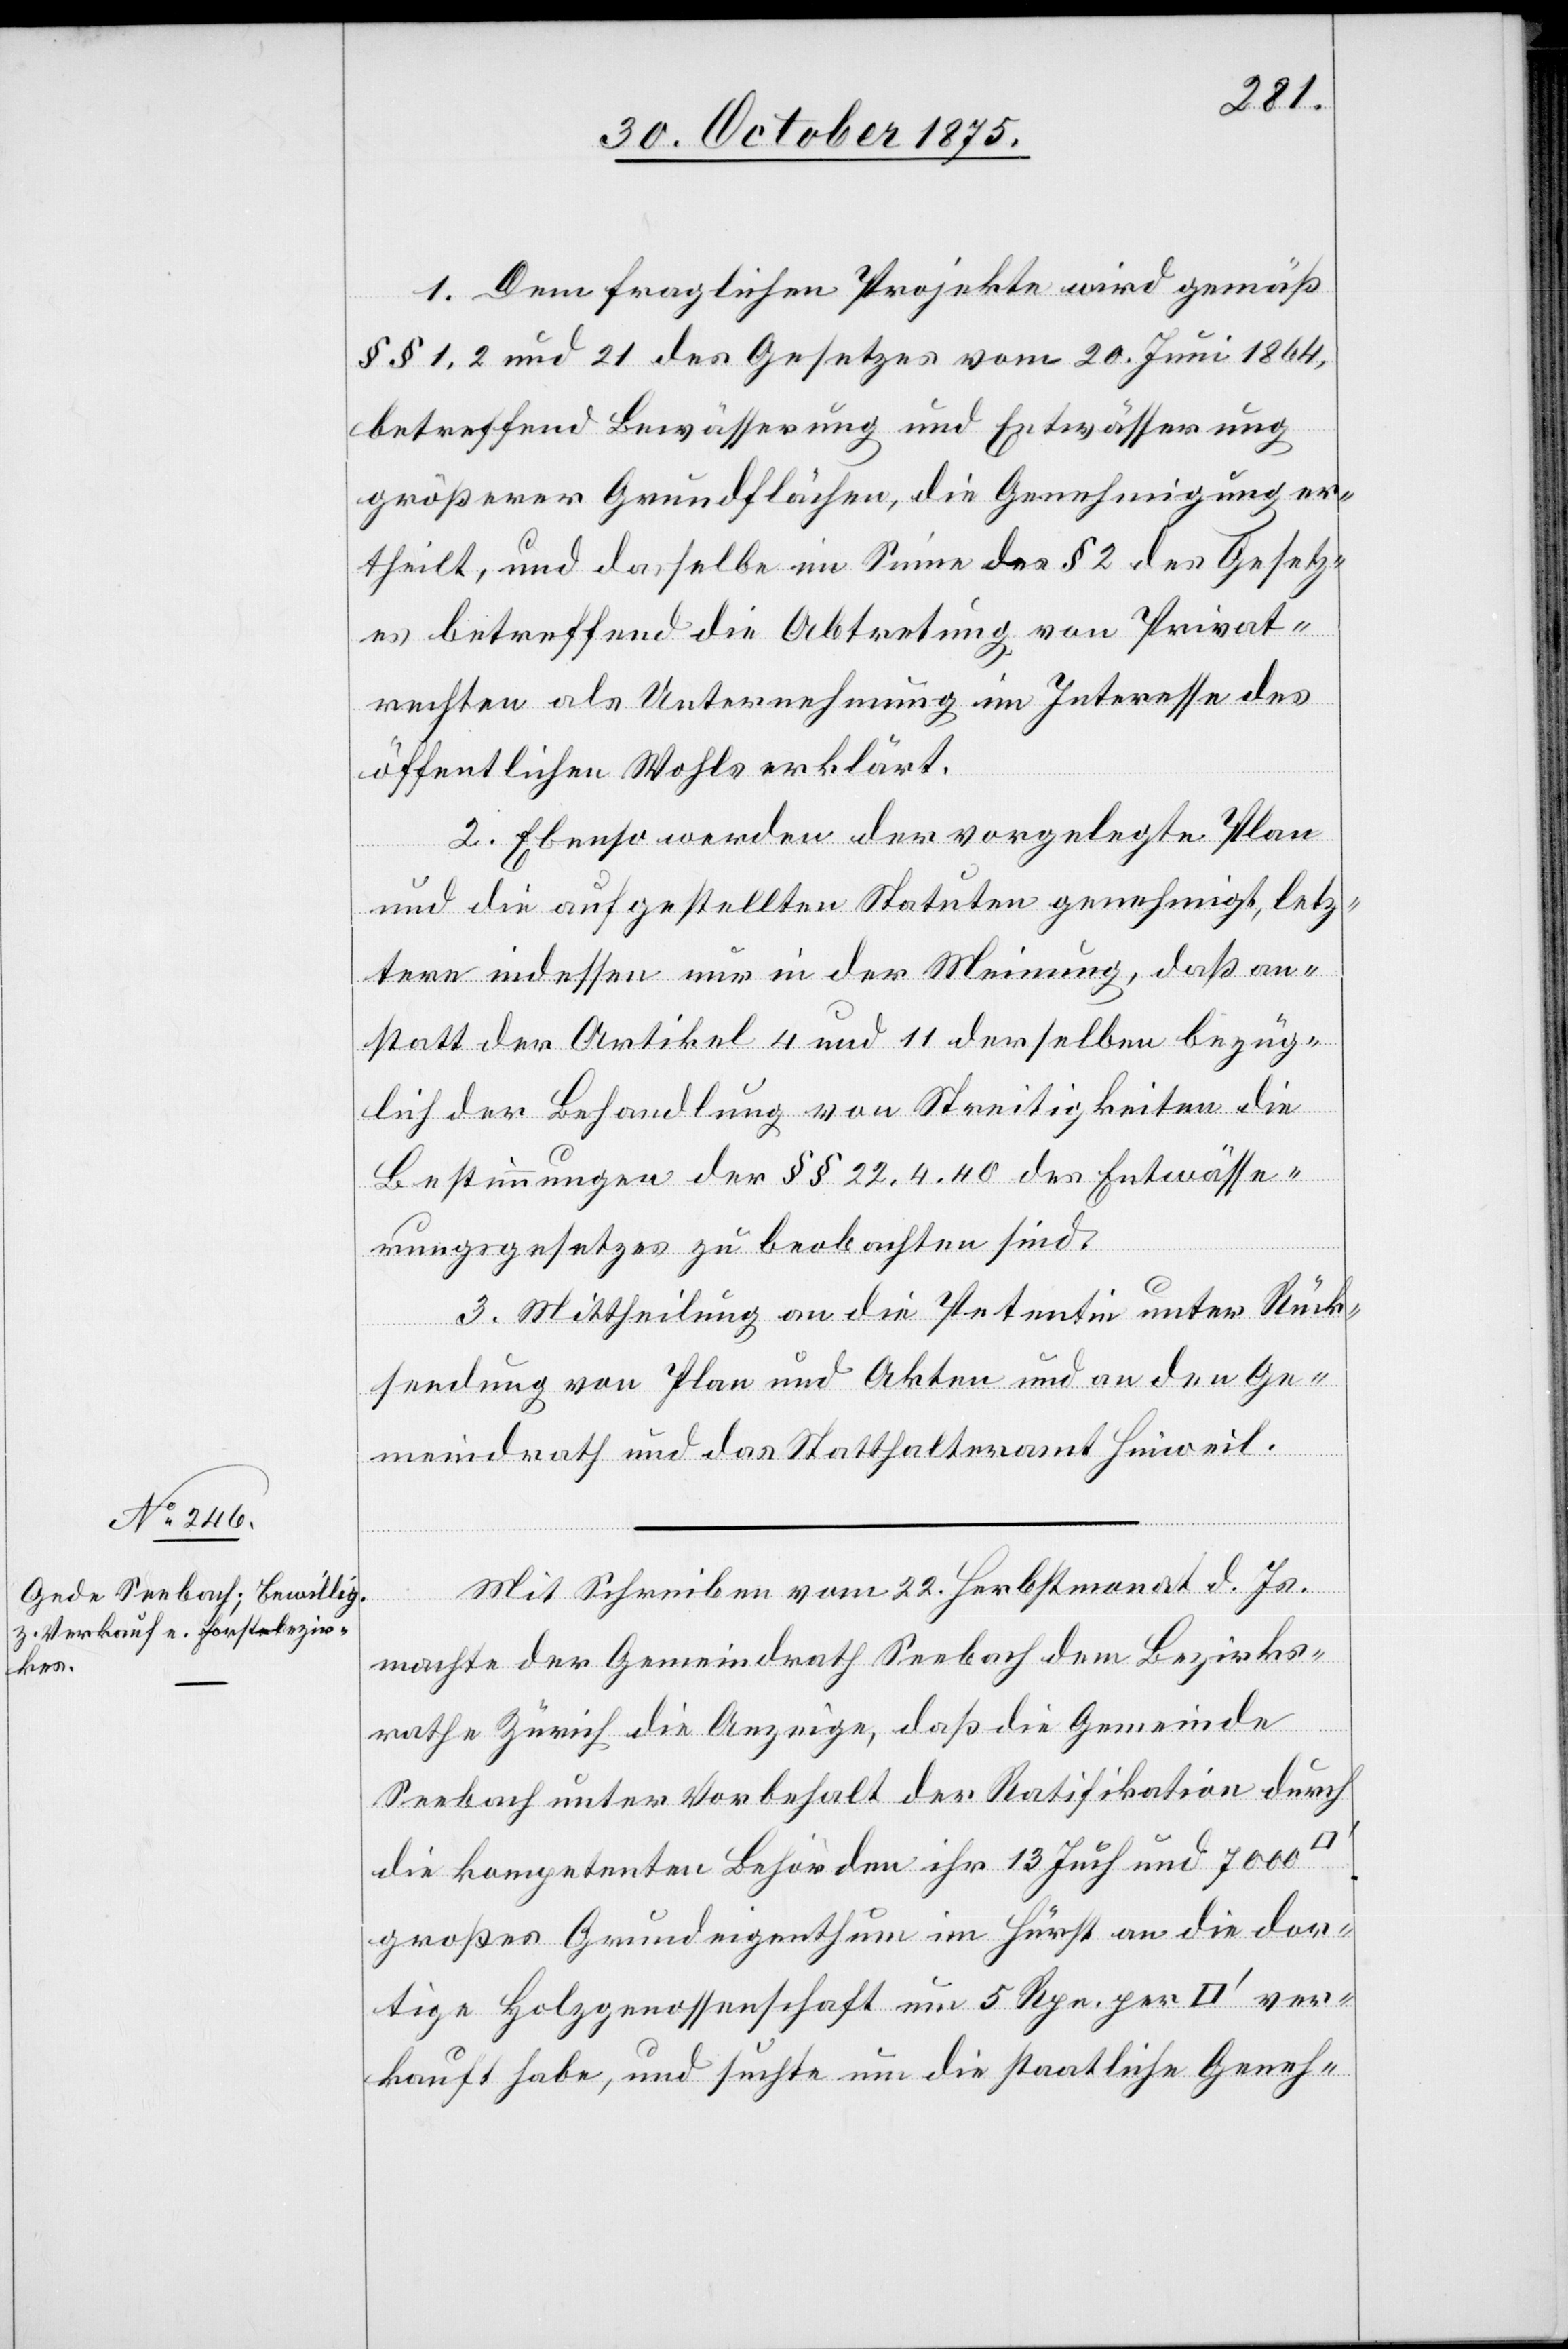
1. Dem fraglichen Projekte wird gemäß
§§ 1, 2 und 21 des Gesetzes vom 20. Juni 1864,
betreffend Bewässerung und Entwässerung
größerer Grundflächen, die Genehmigung er¬
theilt, und dasselbe im Sinne des § 2 des Gesetz¬
es betreffend die Abtretung von Privat¬
rechten als Unternehmung im Interesse des
öffentlichen Wohls erklärt.
2. Ebenso werden der vorgelegte Plan
und die aufgestellten Statuten genehmigt, letz¬
tere indessen nur in der Meinung, daß an¬
statt der Artikel 4 und 11 derselben bezüg¬
lich der Behandlung von Streitigkeiten die
Bestimmungen der §§ 22, 4, 40 des Entwässe¬
rungsgesetzes zu beobachten sind.
3. Mittheilung an die Petentin unter Rück¬
sendung von Plan und Akten und an den Ge¬
meindrath und das Statthalteramt Hinweil.
Mit Schreiben vom 22. Herbstmonat d. Js.
ver¬
machte der Gemeindrath Seebach dem Bezirks¬
rathe Zürich die Anzeige, daß die Gemeinde
Seebach unter Vorbehalt der Ratifikation durch
die kompetenten Behörden ihr 13 Juch und 7000
großes Grundeigenthum im Hürst an die dor¬
tige Holzgenossenschaft um 5 Rpn. per [Quadr¬
kauft habe, und suchte um die staatliche Geneh-